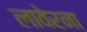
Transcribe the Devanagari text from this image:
लावेरना